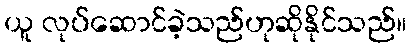
ယူ လုပ်ဆောင်ခဲ့သည်ဟုဆိုနိုင်သည်။